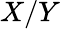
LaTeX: X/Y